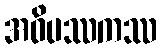
အဝိပဿကဿ